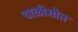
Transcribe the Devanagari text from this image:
चाळीशीत